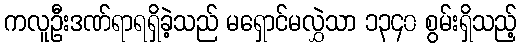
ကလူဦးဒဏ်ရာရရှိခဲ့သည် မရှောင်မလွှဲသာ ၁၃၄၀ စွမ်းရှိသည့်